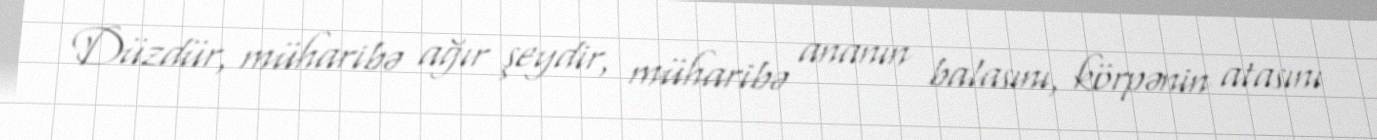
Düzdür, müharibə ağır şeydir, müharibə ananın balasını, körpənin atasını